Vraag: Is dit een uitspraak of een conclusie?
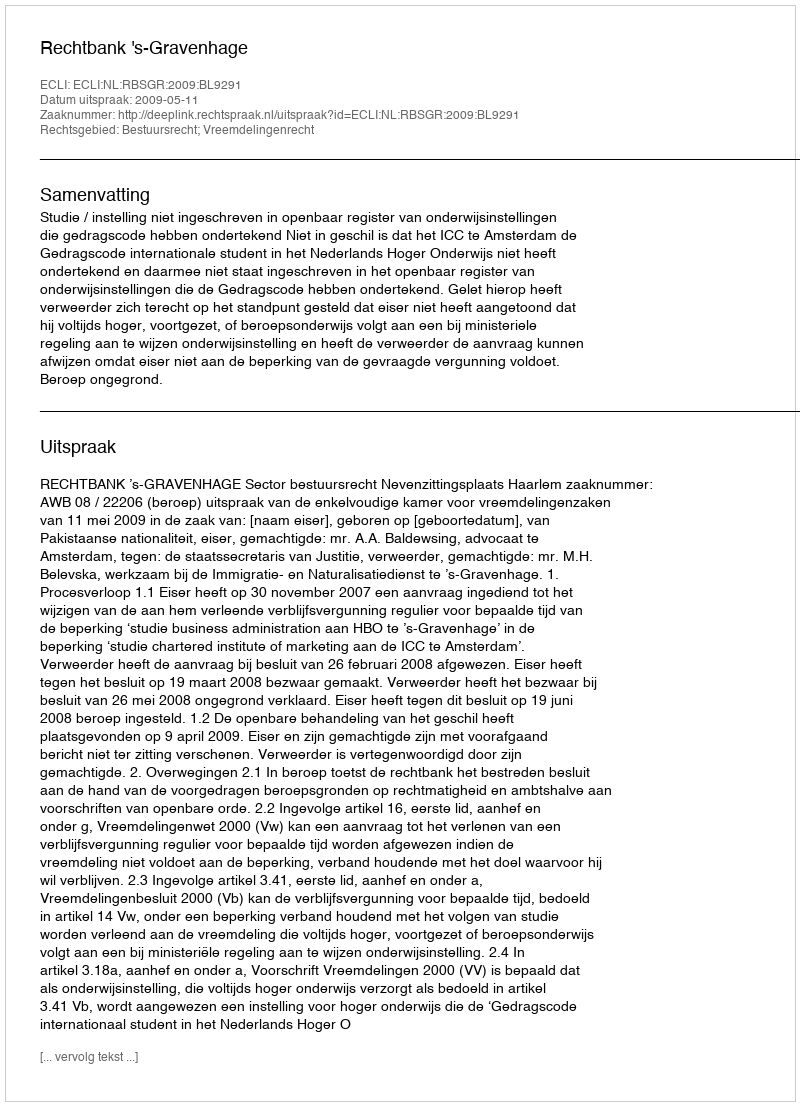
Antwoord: Uitspraak